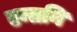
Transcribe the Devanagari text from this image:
एन्तनि